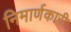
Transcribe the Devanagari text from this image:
निमार्णकारी